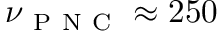
\nu _ { \mathrm { ~ P ~ N ~ C ~ } } \approx 2 5 0